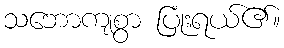
သဘောကျစွာ ပြုံးရယ်၏။